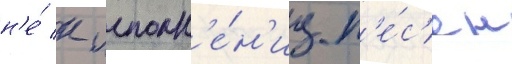
н'е́ к исполн'е́н'иу п'е́с'ен